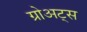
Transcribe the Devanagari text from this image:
ग्रोअट्स